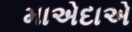
માએદાએ